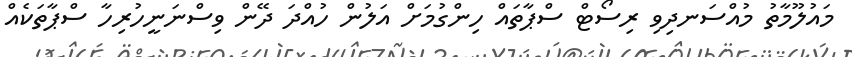
މައުލޫމާތު މުއްސަނދިވި ރިސޯޓް ސްޕާތައް ހިންގުމަށް އަލުން ހުއްދަ ދޭން ވިސްނަނީހުރިހާ ސްޕާތަކެއް